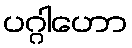
ပဂ္ဂါဟော